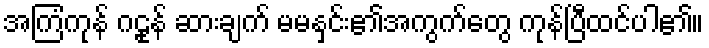
အကြံကုန် ဂဠုန် ဆားချက် မမနှင်း၏အကွက်တွေ ကုန်ပြီထင်ပါ၏။